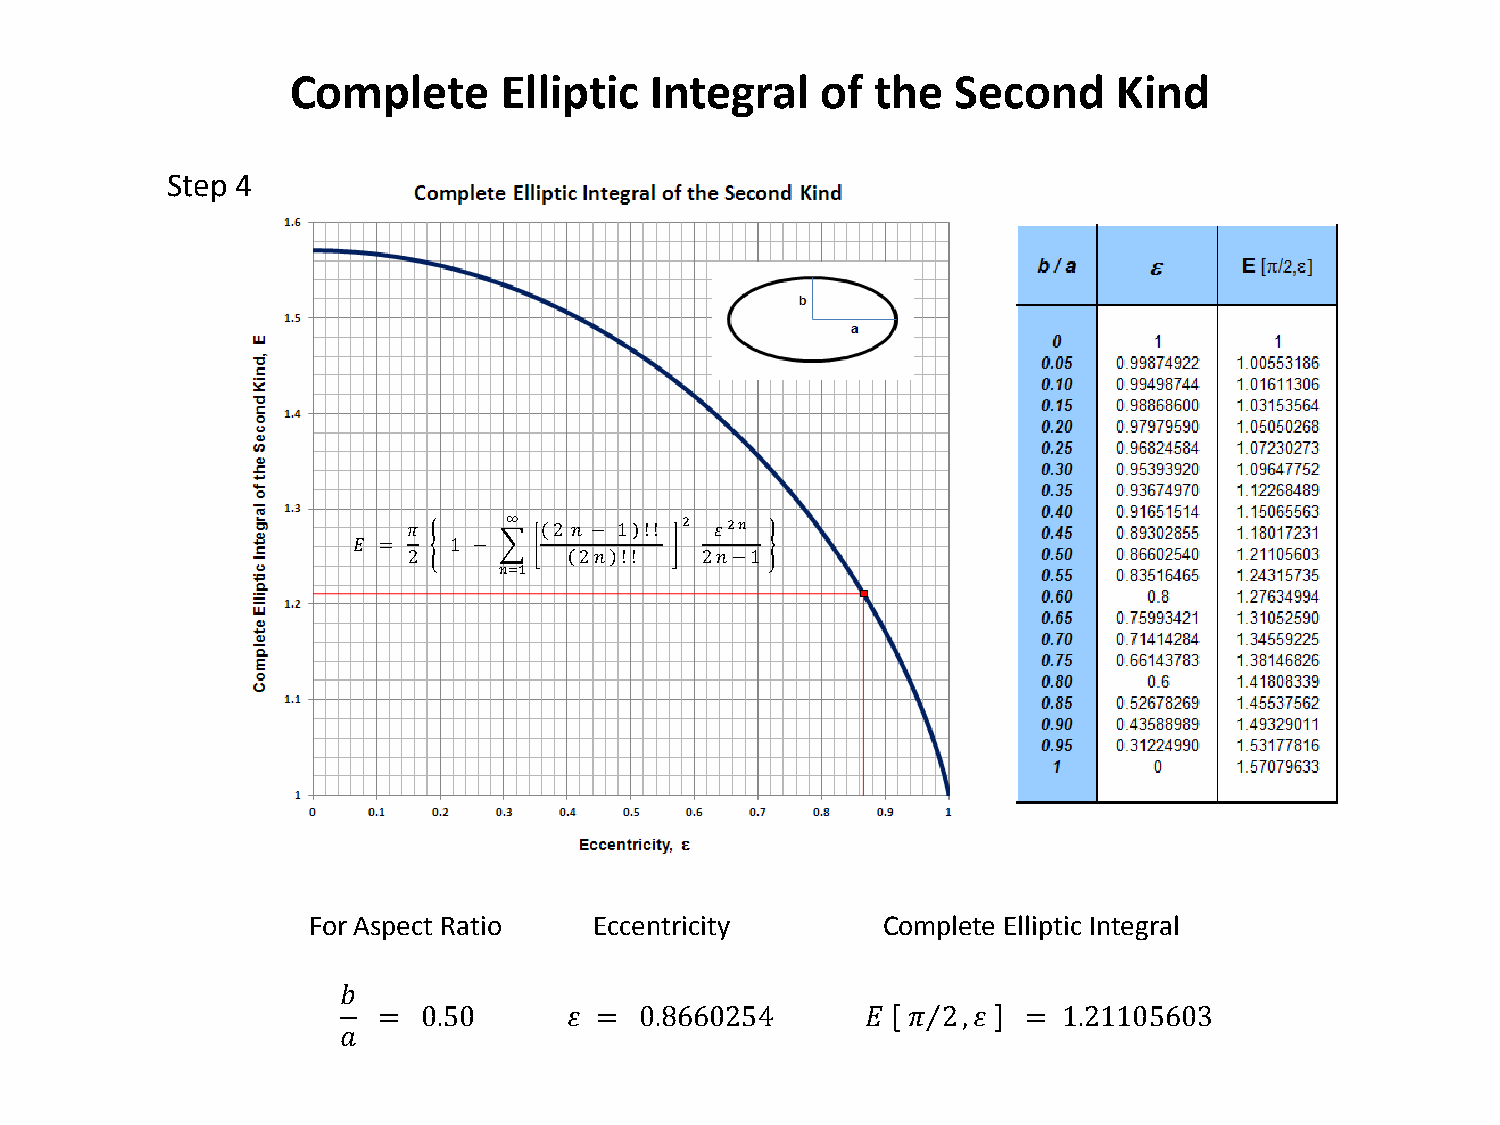
Complete      Elliptic  Integral   of  the  Second     Kind
 Step 4
 ∞          2  2 𝑛
 𝜋         2 𝑠 − 1 ! ! 𝜀
 𝐸 =    1 − �
 2     𝑛=1  2 𝑠 ! ! 2 𝑠−1
 For Aspect Ratio   Eccentricity       Complete Elliptic Integral
 𝑏
 =  0.50      𝜀 = 0.8660254      𝐸  𝜋⁄2,𝜀   = 1.21105603
 𝑎